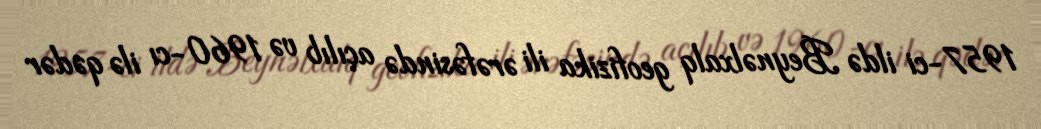
1957-ci ildə Beynəlxalq geofizika ili ərəfəsində açılıb və 1960-cı ilə qədər